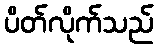
ပိတ်လိုက်သည်